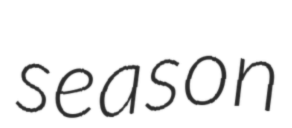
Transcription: season